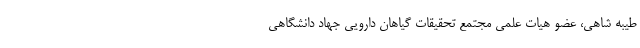
طیبه شاهی، عضو هیات علمی مجتمع تحقیقات گیاهان دارویی جهاد دانشگاهی